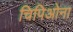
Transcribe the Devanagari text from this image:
चिपिओना